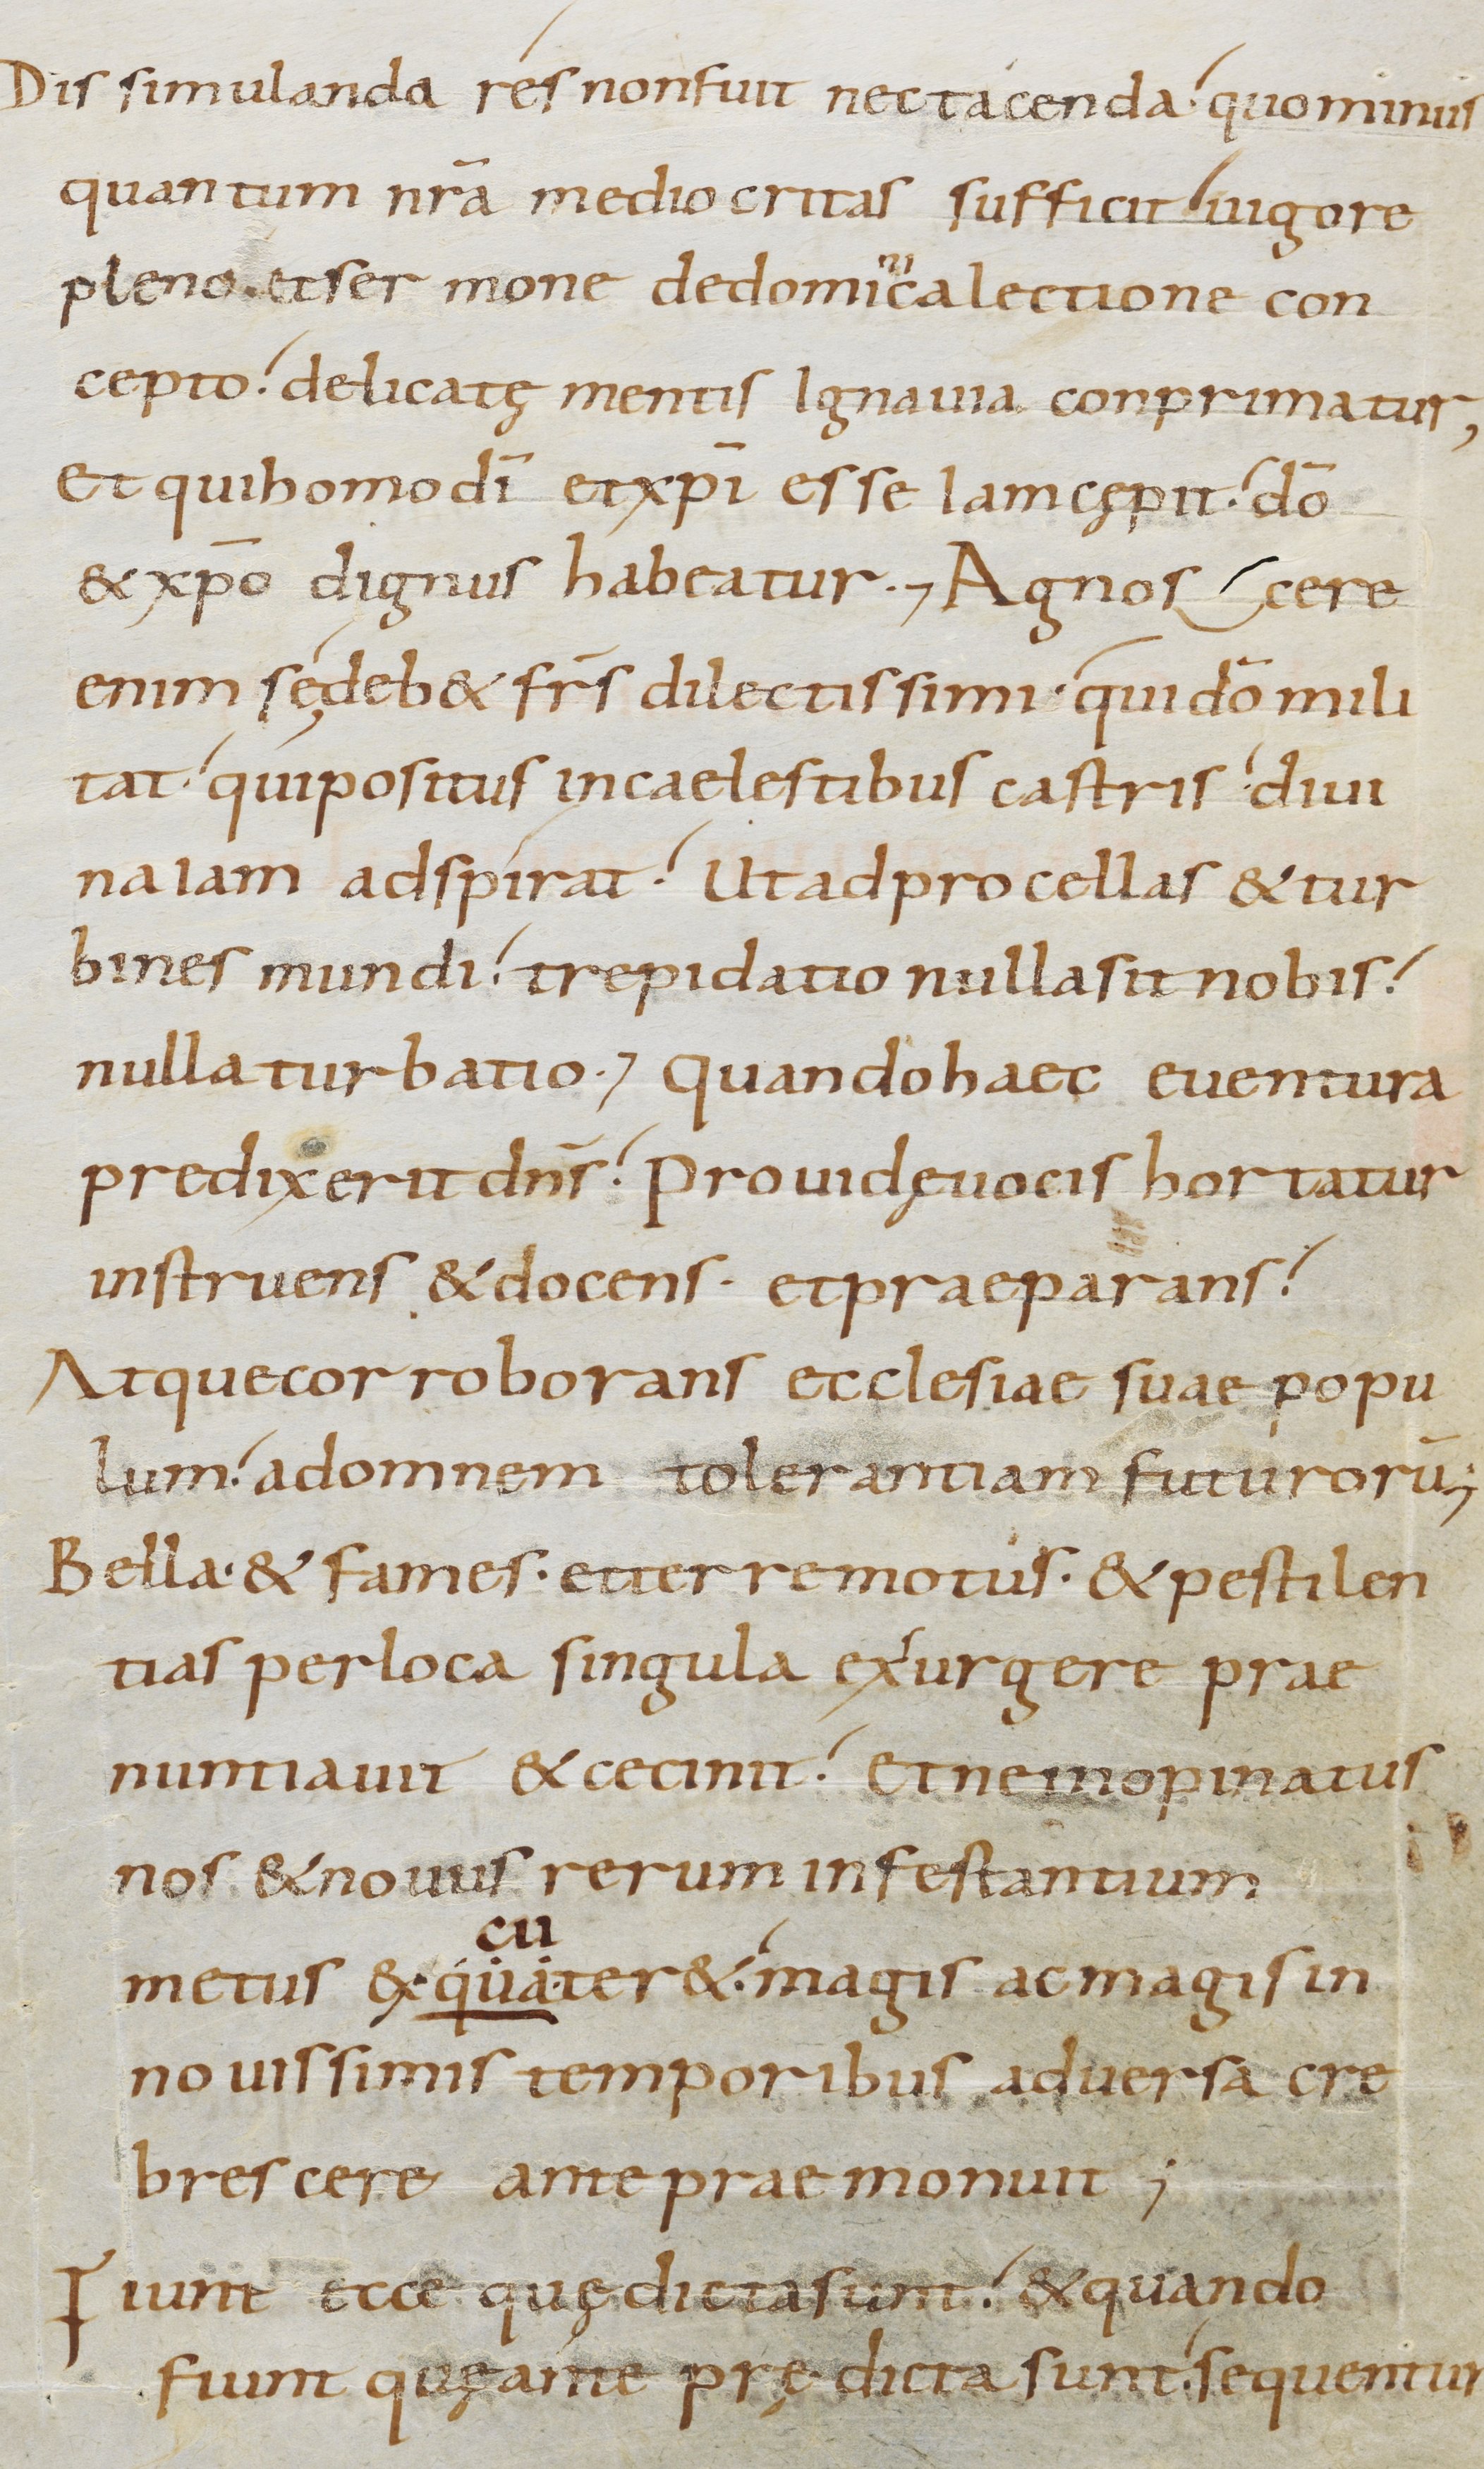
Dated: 800–899